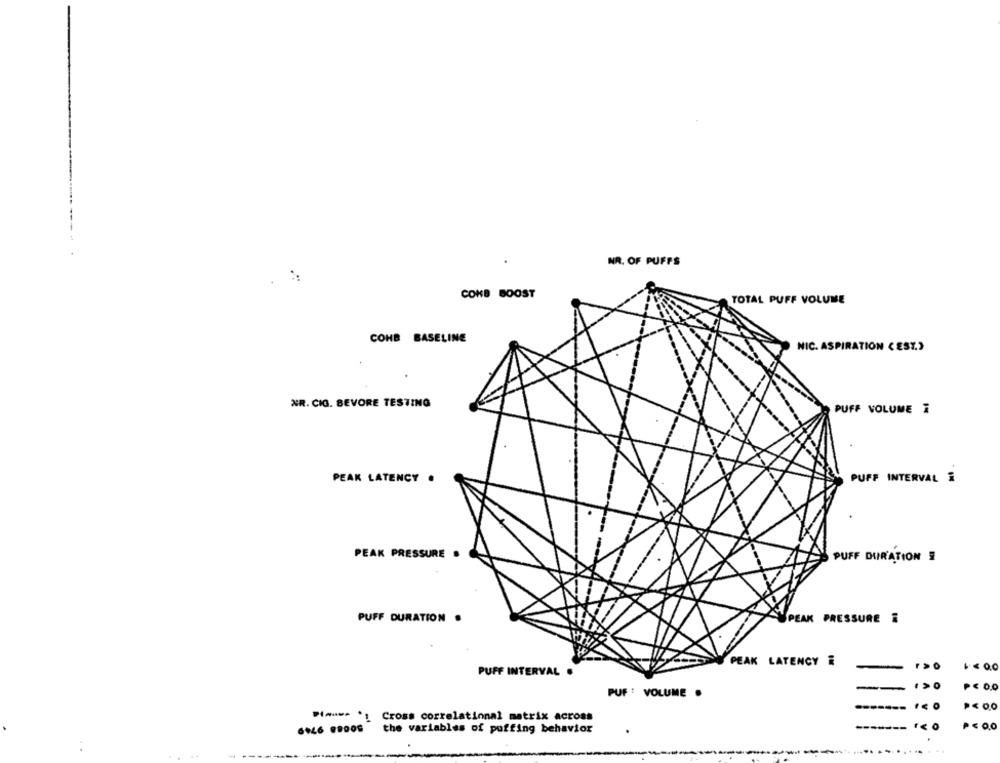
NR. OF PUFFS
CONB BOOST
TOTAL PUFF VOLUME
COHB BASELINE
NIC. ASPIRATION C EST.)
NR. CIG. BEVORE TESTING
PUFF VOLUME i
PEAK LATENCY .
PUFF INTERVAL i
PEAK PRESSURE .
PUFF DURATION #
PUFF DURATION .
SPEAK PRESSURE
PEAK LATENCY &
PUFF INTERVAL .
+=0.0
P<0.0
PUF : VOLUME .
Cross correlational matrix across
-------
the variables of puffing behavior
.......